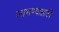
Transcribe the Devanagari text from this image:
लाभण्यासाठी